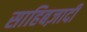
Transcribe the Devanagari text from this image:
साहिबज़ादी